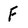
Character: F